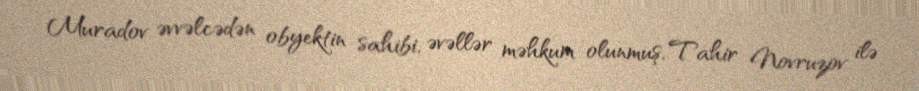
Muradov əvvəlcədən obyektin sahibi, əvəllər məhkum olunmuş, Tahir Novruzov ilə